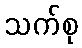
သက်စု